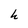
Character: h